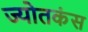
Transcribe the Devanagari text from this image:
ज्योतकंस